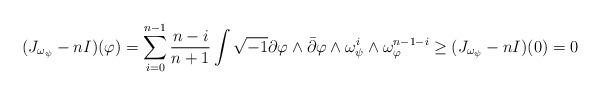
LaTeX: \begin{align*}(J_{\omega_{\psi}} - nI )(\varphi) = \sum_{i=0}^{n-1} \frac{n-i}{n+1} \int \sqrt{-1}\partial \varphi \wedge \bar{\partial} \varphi \wedge \omega_{\psi}^i \wedge \omega_{\varphi}^{n-1-i} \geq(J_{\omega_{\psi}} - nI )(0) = 0\end{align*}